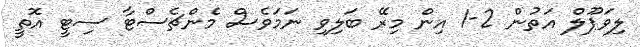
ލިވަޕޫލް އަތުން 2-1 އިން މިރޭ ބަލިވި ނަމަވެސް މެންޗެސްޓާ ސިޓީ އޮތީ